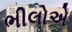
ભીલોએ